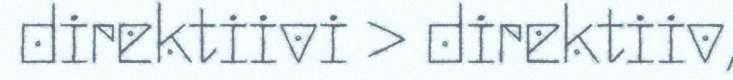
direktiivi > direktiiv,